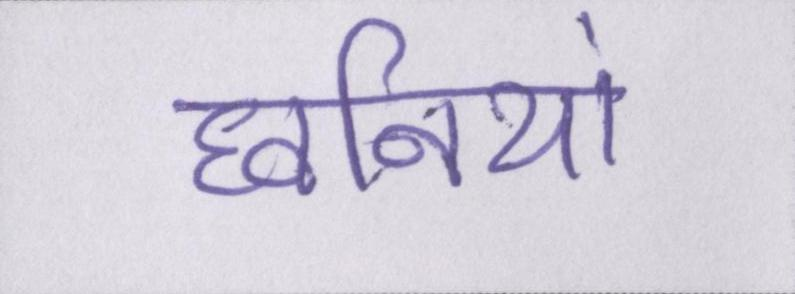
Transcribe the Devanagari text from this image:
घ्वनियां